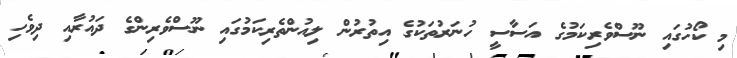
މި ކޯހުގައި ނޫސްވެރިކަމުގެ އަސާސީ ހުނަރުތަކުގެ އިތުރުން ލިއުންތެރިކަމުގައި ނޫސްވެރިންގެ ދައުރާއި ދިވެހި